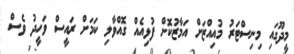
މީދޫގައި މިނިސްޓަރު މުއިއްޒަށް އަމާޒުކޮށް ފުޅިއެއް ގޮއްވާލި ކަމަށް ރައީސް ވަހީދު ވެސް